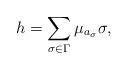
LaTeX: \begin{align*}h=\sum _{\sigma \in \Gamma }\mu_{a_\sigma}\sigma,\end{align*}